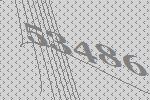
53486